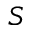
S